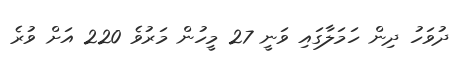
ދުވަހު ދިން ހަމަލާގައި ވަނީ 27 މީހުން މަރުވެ 220 އަށް ވުރެ